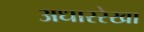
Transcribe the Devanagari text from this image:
अधाररेखा